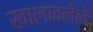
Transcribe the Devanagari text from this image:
खालावलेले